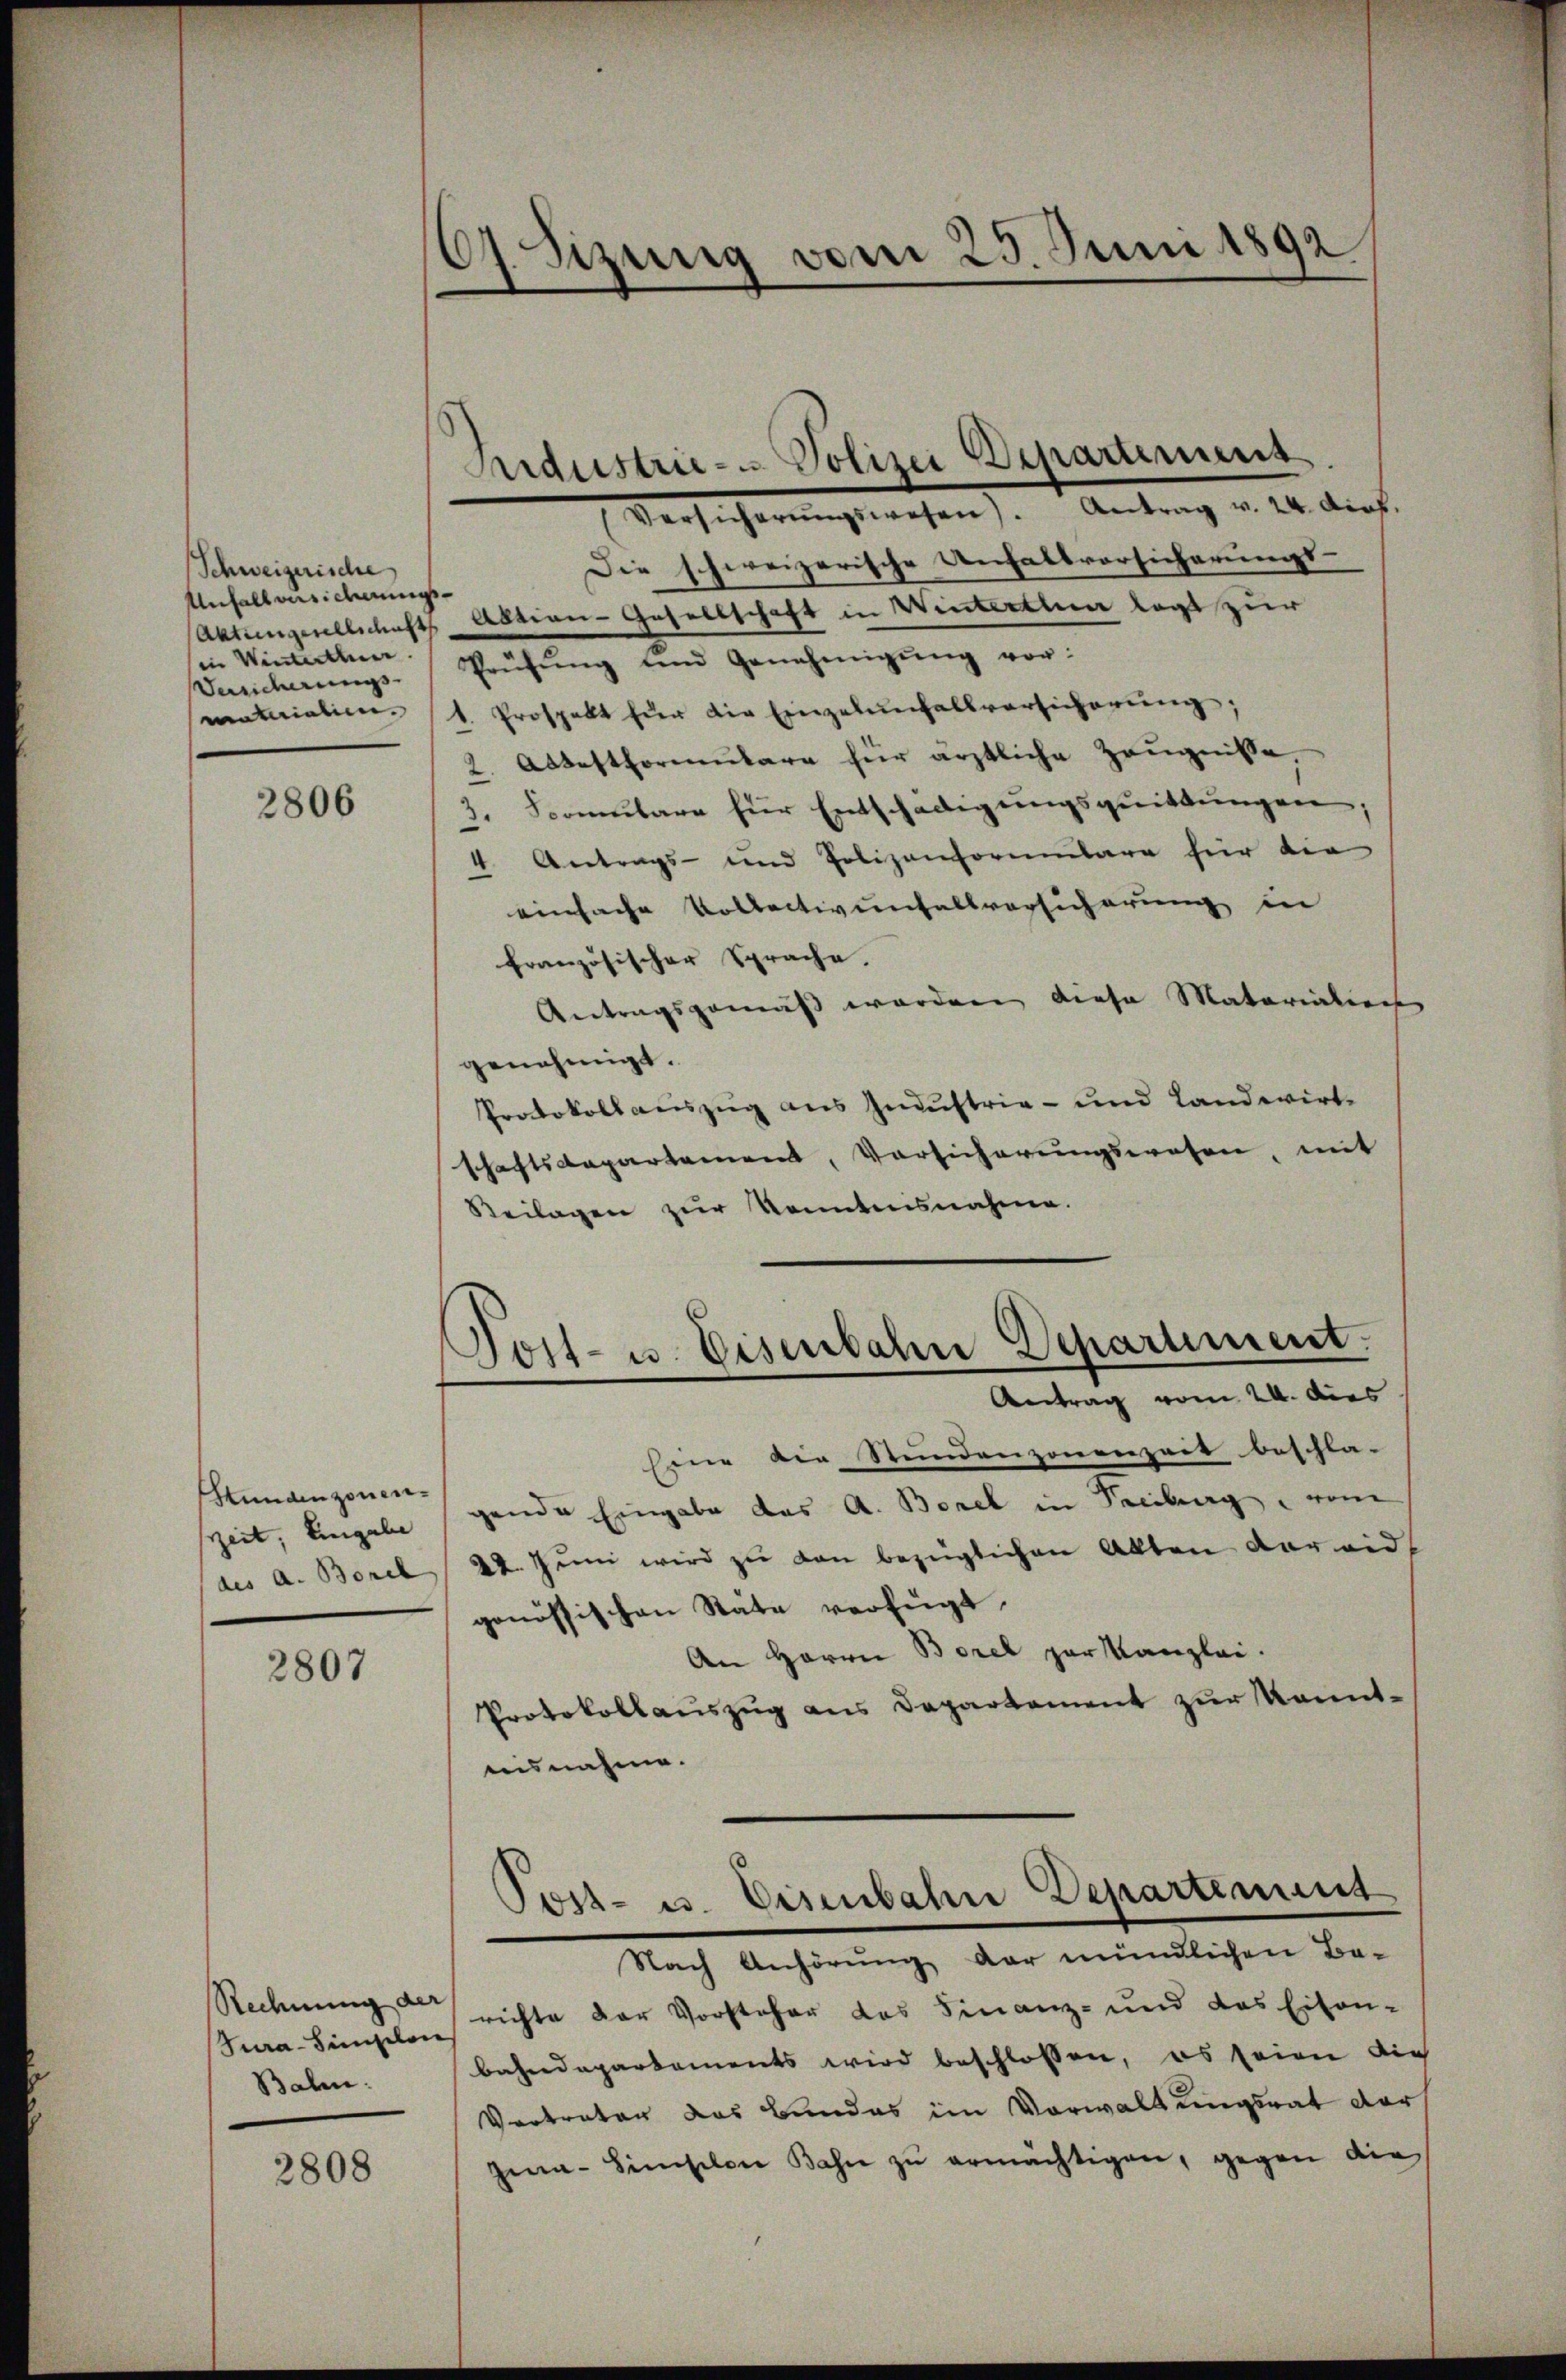
Schweizerische
Unfallversicherungsin Winterthun.
Versicherungs-
materialien.

2806

Sunainzonenzeit, Eingabe
(des A. Borch

2807

Rechnung der
Sura-Simselon
Bahn:

2808

07. Sizung vom 25. Juni 1892

Versicherŭngswesen). Antrag v. 24. Art.
Die schweizerische Unhaltvorsicherungs-
(Aktiengesellschafts Bunder- Gesellschaft in Winterthun legt zur
Prüfŭng und Genehmigŭng vor:
1. Prospelt für die Einzelenfallversicherŭng,
2. Abtestformulare für ärztliche Zeugniße,
3. Somulare für Entschädigungsquittungen
4. Antrags- und Polizenformulare für die
einfache Vollectivenfallversicherung in
französischer Sprache.
Antragsgemäß werden diese Materialien
genehmigt.
Protokollauszug aus Industrie- und Landwirt-
schaftsdepartament, Vorsicherŭngswesen, mit
Beilagen zur Kenntensnahme.

Aidustrie- u Polizei Departement

Post- u. Eisenbahn Department.

Antrag vom 20. dies
Eine die Stundenzonenzeit beschla- |
gende Eingabe das A. Borel in Freiburg von
22. Jŭni wird zŭ von bezüglichen Alten dareid-
genössischen Stäte verfügt,
An Herrn Borel par Kanzlei.
Protokollauszug aus Departement zur kanntaisnahme.

Nach Anhörŭng dar mündlichen Be-
richte der Vorsteher des Finanz- und das Eisen-
bahndepartements wird beschlossen, es seien die
Vertraten das Bundes im Vorwaltungsrat darf
gea-Simselon Bahn zŭ ermächtigen, gegen die

Post- u. Eisenbahn Departinung